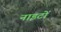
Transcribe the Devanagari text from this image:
नाइटों